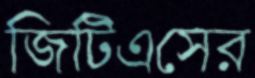
জিটিএসের